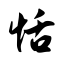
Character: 恬